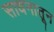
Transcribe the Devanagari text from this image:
साधनातून